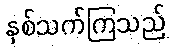
နှစ်သက်ကြသည်